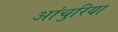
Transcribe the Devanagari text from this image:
आंचुरिया